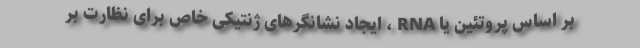
بر اساس پروتئین یا RNA ، ایجاد نشانگرهای ژنتیکی خاص برای نظارت بر